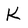
Character: K